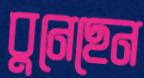
বুনেছেন